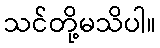
သင်တို့မသိပါ။